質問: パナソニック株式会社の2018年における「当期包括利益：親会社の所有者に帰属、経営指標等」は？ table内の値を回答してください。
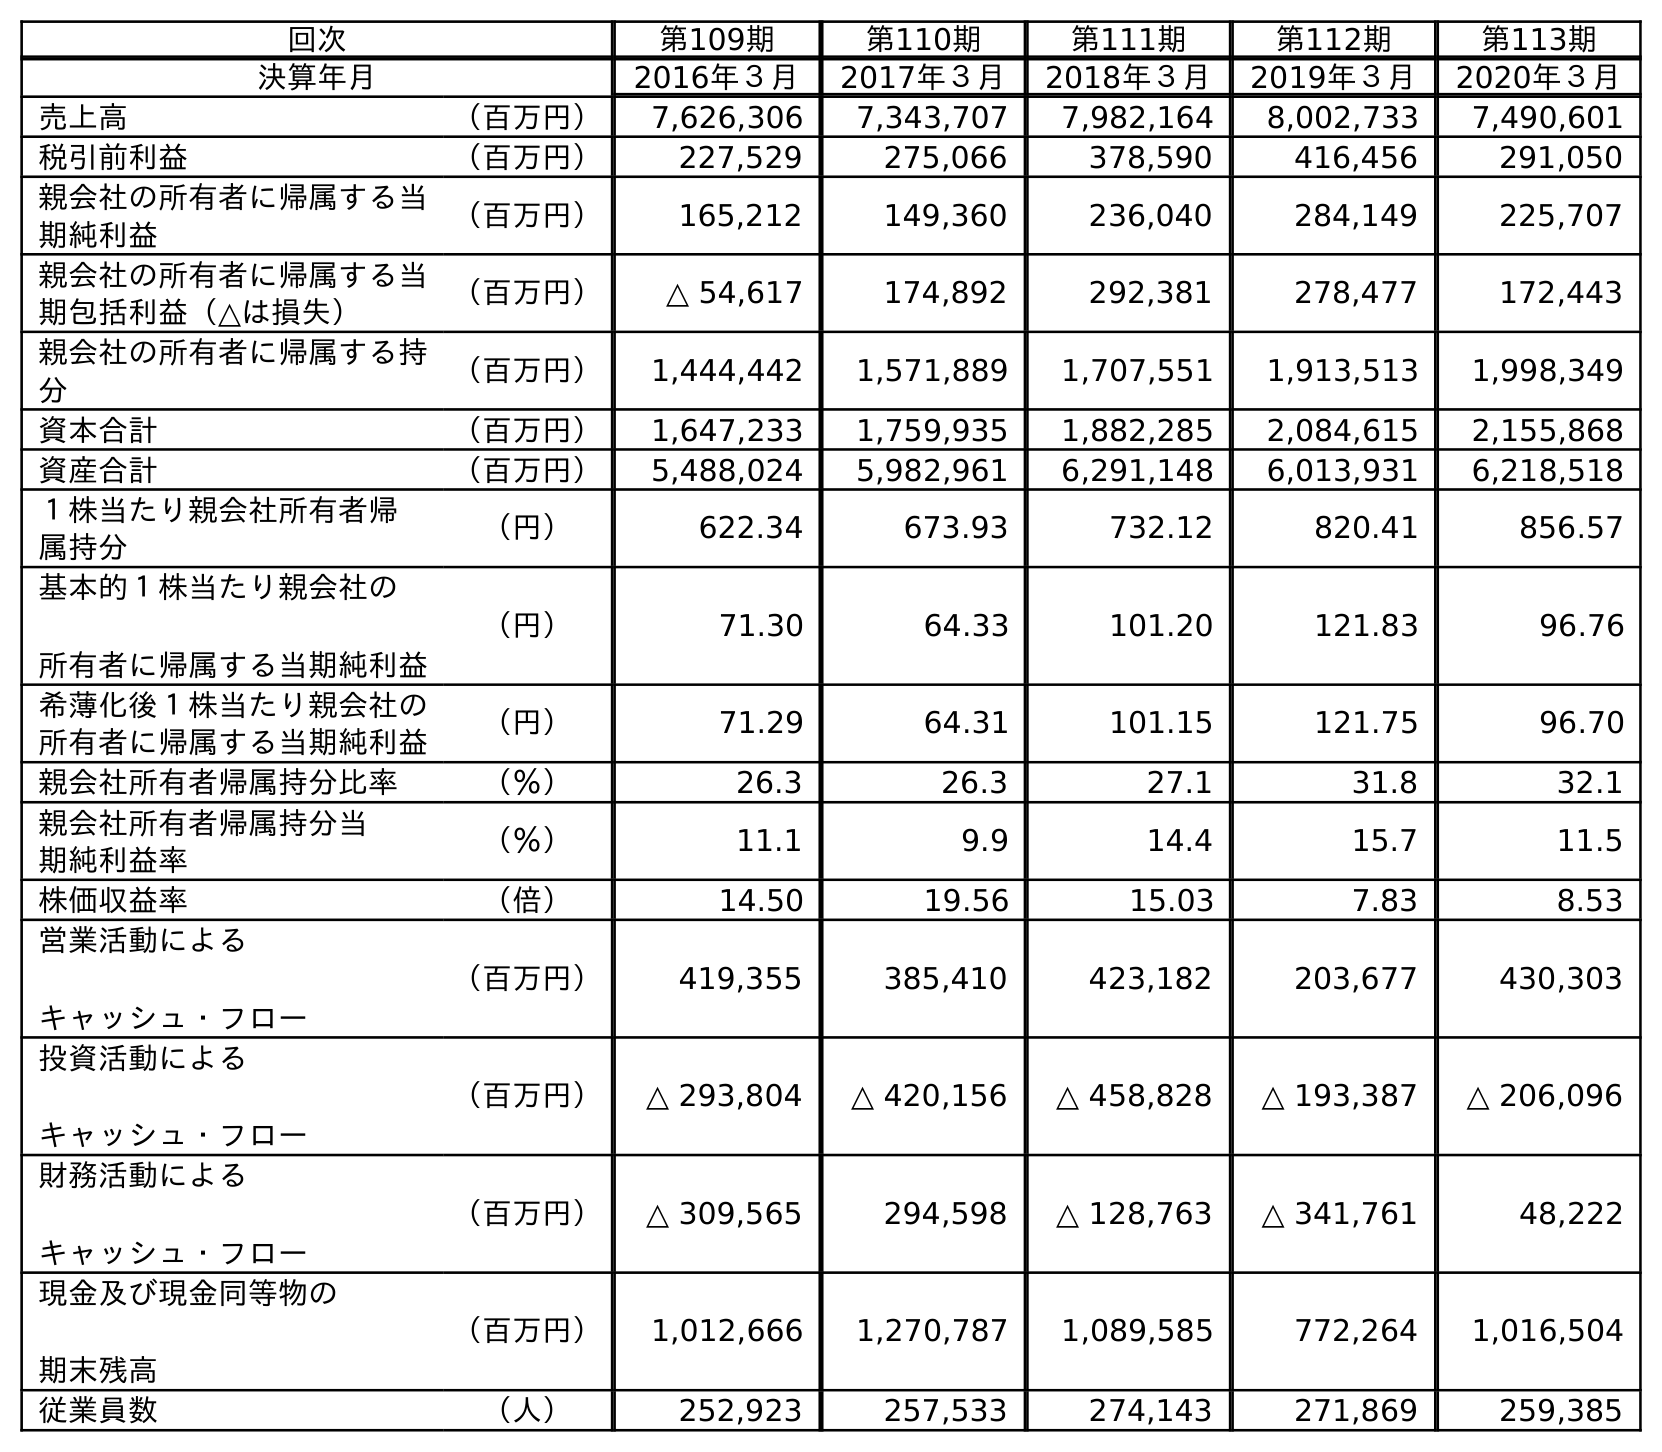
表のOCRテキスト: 回次 第109期 第110期 第111期 第112期 第113期 決算年月 2016年３月 2017年３月 2018年３月 2019年３月 2020年３月 売上高 （百万円） 7,626,306 7,343,707 7,982,164 8,002,733 7,490,601 税引前利益 （百万円） 227,529 275,066 378,590 416,456 291,050 親会社の所有者に帰属する当 期純利益 （百万円） 165,212 149,360 236,040 284,149 225,707 親会社の所有者に帰属する当 期包括利益（△は損失） （百万円） △ 54,617 174,892 292,381 278,477 172,443 親会社の所有者に帰属する持 分 （百万円） 1,444,442 1,571,889 1,707,551 1,913,513 1,998,349 資本合計 （百万円） 1,647,233 1,759,935 1,882,285 2,084,615 2,155,868 資産合計 （百万円） 5,488,024 5,982,961 6,291,148 6,013,931 6,218,518 １株当たり親会社所有者帰 属持分 （円） 622.34 673.93 732.12 820.41 856.57 基本的１株当たり親会社の 所有者に帰属する当期純利益 （円） 71.30 64.33 101.20 121.83 96.76 希薄化後１株当たり親会社の 所有者に帰属する当期純利益 （円） 71.29 64.31 101.15 121.75 96.70 親会社所有者帰属持分比率 （％） 26.3 26.3 27.1 31.8 32.1 親会社所有者帰属持分当 期純利益率 （％） 11.1 9.9 14.4 15.7 11.5 株価収益率 （倍） 14.50 19.56 15.03 7.83 8.53 営業活動による キャッシュ・フロー （百万円） 419,355 385,410 423,182 203,677 430,303 投資活動による キャッシュ・フロー （百万円） △ 293,804 △ 420,156 △ 458,828 △ 193,387 △ 206,096 財務活動による キャッシュ・フロー （百万円） △ 309,565 294,598 △ 128,763 △ 341,761 48,222 現金及び現金同等物の 期末残高 （百万円） 1,012,666 1,270,787 1,089,585 772,264 1,016,504 従業員数 （人） 252,923 257,533 274,143 271,869 259,385
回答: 292,381